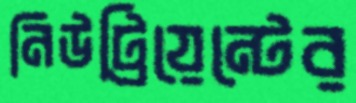
নিউট্রিয়েন্টের